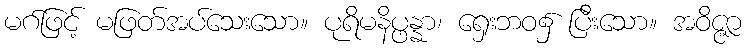
မဂ်ဖြင့် မဖြတ်အပ်သေးသော။ ပုရိမနိပ္ဖန္နာ၊ ရှေးဘဝ၌ ပြီးသော။ အဝိဇ္ဇာ